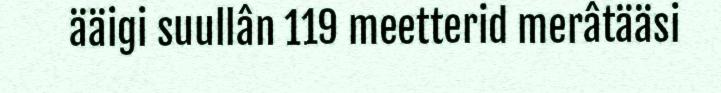
ääigi suullân 119 meetterid merâtääsi